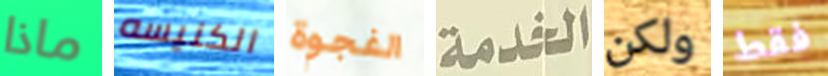
ماذا الكنيسه الفجوة الخدمة ولكن فقط